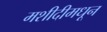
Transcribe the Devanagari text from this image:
मशीदीमधून